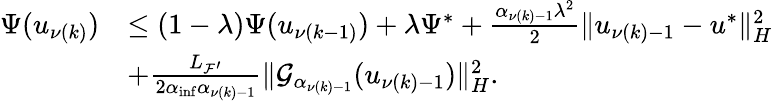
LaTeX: \begin{array}{rl}{{\Psi}(u_{\nu(k)})}&{\leq(1-\lambda){\Psi}(u_{\nu(k-1)})+\lambda{\Psi}^{*}+\frac{{\alpha}_{\nu(k)-1}\lambda^{2}}{2}\| u_{\nu(k)-1}-u^{*}\| _{H}^{2}}\\ &{+\frac{{L_{{\mathcal{F}}^{\prime}}}}{2{\alpha}_{\operatorname*{inf}}{\alpha}_{\nu(k)-1}}\| {\mathcal{G}}_{{\alpha}_{\nu(k)-1}}(u_{\nu(k)-1})\| _{H}^{2}.}\end{array}